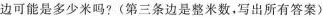
边可能是多少米吗?(第三条边是整米数，写出所有答案)